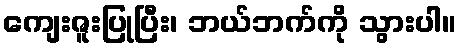
ကျေးဇူးပြုပြီး၊ ဘယ်ဘက်ကို သွားပါ။